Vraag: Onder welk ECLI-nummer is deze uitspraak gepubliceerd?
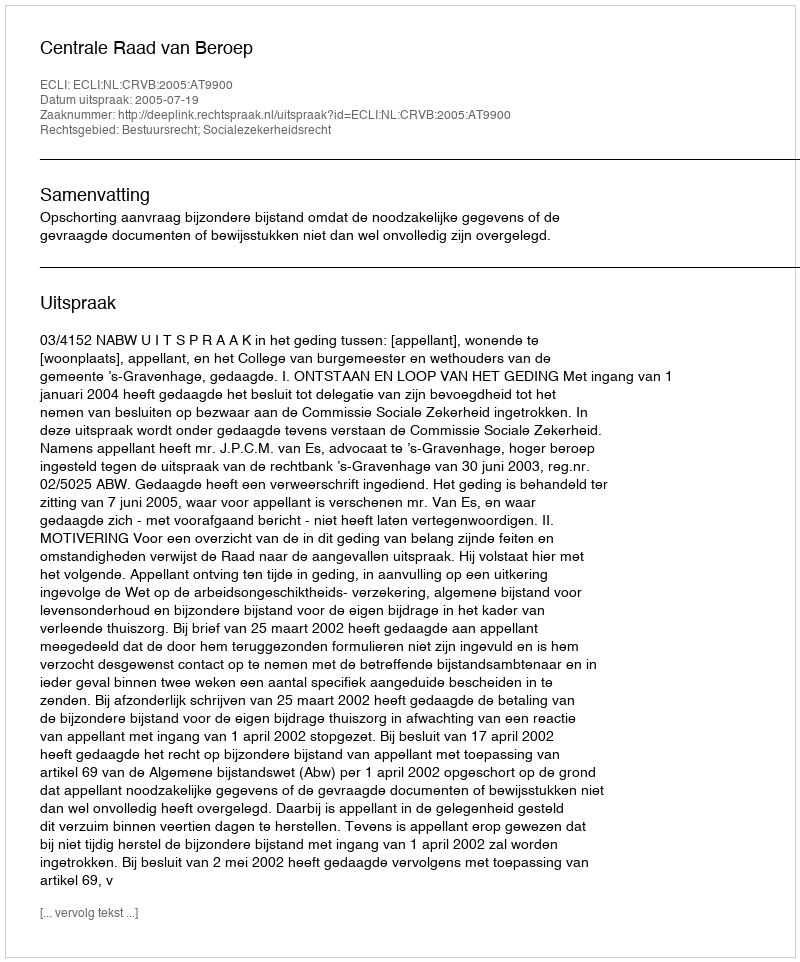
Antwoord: ECLI:NL:CRVB:2005:AT9900